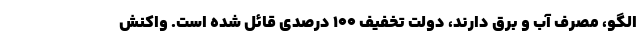
الگو، مصرف آب و برق دارند، دولت تخفیف ۱۰۰ درصدی قائل شده است. واکنش